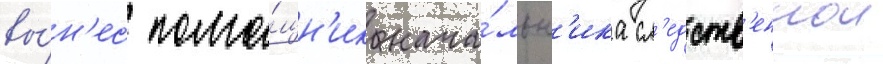
вы́н'ес помо́щн'ик нача́льн'ика сл'едств'еннои